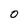
Character: 0